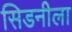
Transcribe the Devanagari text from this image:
सिडनीला